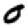
Digit: 0